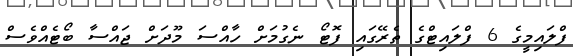
ފްލައިމީގެ 6 ފްލައިޓްގެ ތެރޭގައި ފޮޓޯ ނެގުމަށް ހާއްސަ މޫދަށް ޖައްސާ ބޯޓެއްވެސް